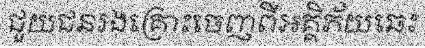
ជួយជនរងគ្រោះចេញពីអគ្គិភ័យឆេះ